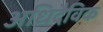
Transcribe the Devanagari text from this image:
अधिदैविक